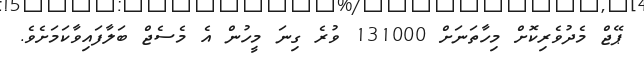
ޕޭޖް މެދުވެރިކޮށް މިހާތަނަށް 131000 ވުރެ ގިނަ މީހުން އެ މެސެޖް ބަލާފައިވާކަމަށެވެ.